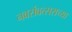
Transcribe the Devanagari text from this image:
नवसंवत्सराच्या